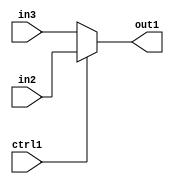
`timescale 1ps / 1ps
/*****************************************************************************
    Verilog RTL Description
    
    
    Created by: Stratus DpOpt 2019.1.01 
*******************************************************************************/

module feature_write_addr_gen_N_Mux_32_2_27_4_0 (
	in3,
	in2,
	ctrl1,
	out1
	); /* architecture "behavioural" */ 
input [31:0] in3,
	in2;
input  ctrl1;
output [31:0] out1;
wire [31:0] asc001;

reg [31:0] asc001_tmp_0;
assign asc001 = asc001_tmp_0;
always @ (ctrl1 or in2 or in3) begin
	case (ctrl1)
		1'B1 : asc001_tmp_0 = in2 ;
		default : asc001_tmp_0 = in3 ;
	endcase
end

assign out1 = asc001;
endmodule

/* CADENCE  uLn3Sgs= : u9/ySgnWtBlWxVPRXgAZ4Og= ** DO NOT EDIT THIS LINE ******/